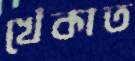
খেঁকাত